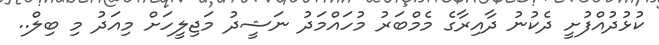
ކުޅުދުއްފުށީ ދެކުނު ދާއިރާގެ މެމްބަރު މުހައްމަދު ނަޝީދު މަޖިލީހަށް މިއަދު މި ބިލް..